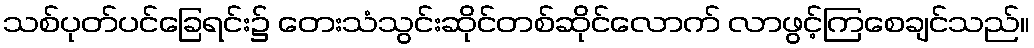
သစ်ပုတ်ပင်ခြေရင်း၌ တေးသံသွင်းဆိုင်တစ်ဆိုင်လောက် လာဖွင့်ကြစေချင်သည်။